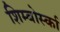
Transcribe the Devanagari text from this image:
शिम्बोर्स्का